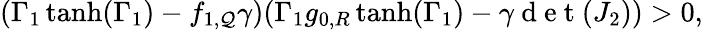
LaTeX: (\Gamma_{1}\operatorname{tanh}(\Gamma_{1})-f_{1,\mathcal{Q}}\gamma)(\Gamma_{1}g_{0,R}\operatorname{tanh}(\Gamma_{1})-\gamma\mathrm{{~d~e~t~}}(J_{2}))>0,